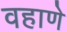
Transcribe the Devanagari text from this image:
वहाणे